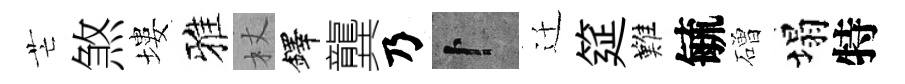
芒煞塿雅杖鐸龔乃卜迁筵難毓磳塌特